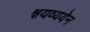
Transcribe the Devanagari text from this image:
क्षयव्ययेन